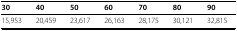
| 30 | 40 | 50 | 60 | 70 | 80 | 90 |
 | --- | --- | --- | --- | --- | --- | --- |
 | 15,953 | 20,459 | 23,617 | 26,163 | 28,175 | 30,121 | 32,815 |